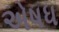
એષધ